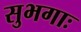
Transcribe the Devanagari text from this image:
सुभगाः